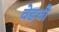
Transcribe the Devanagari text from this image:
वेडची